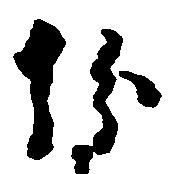
紛